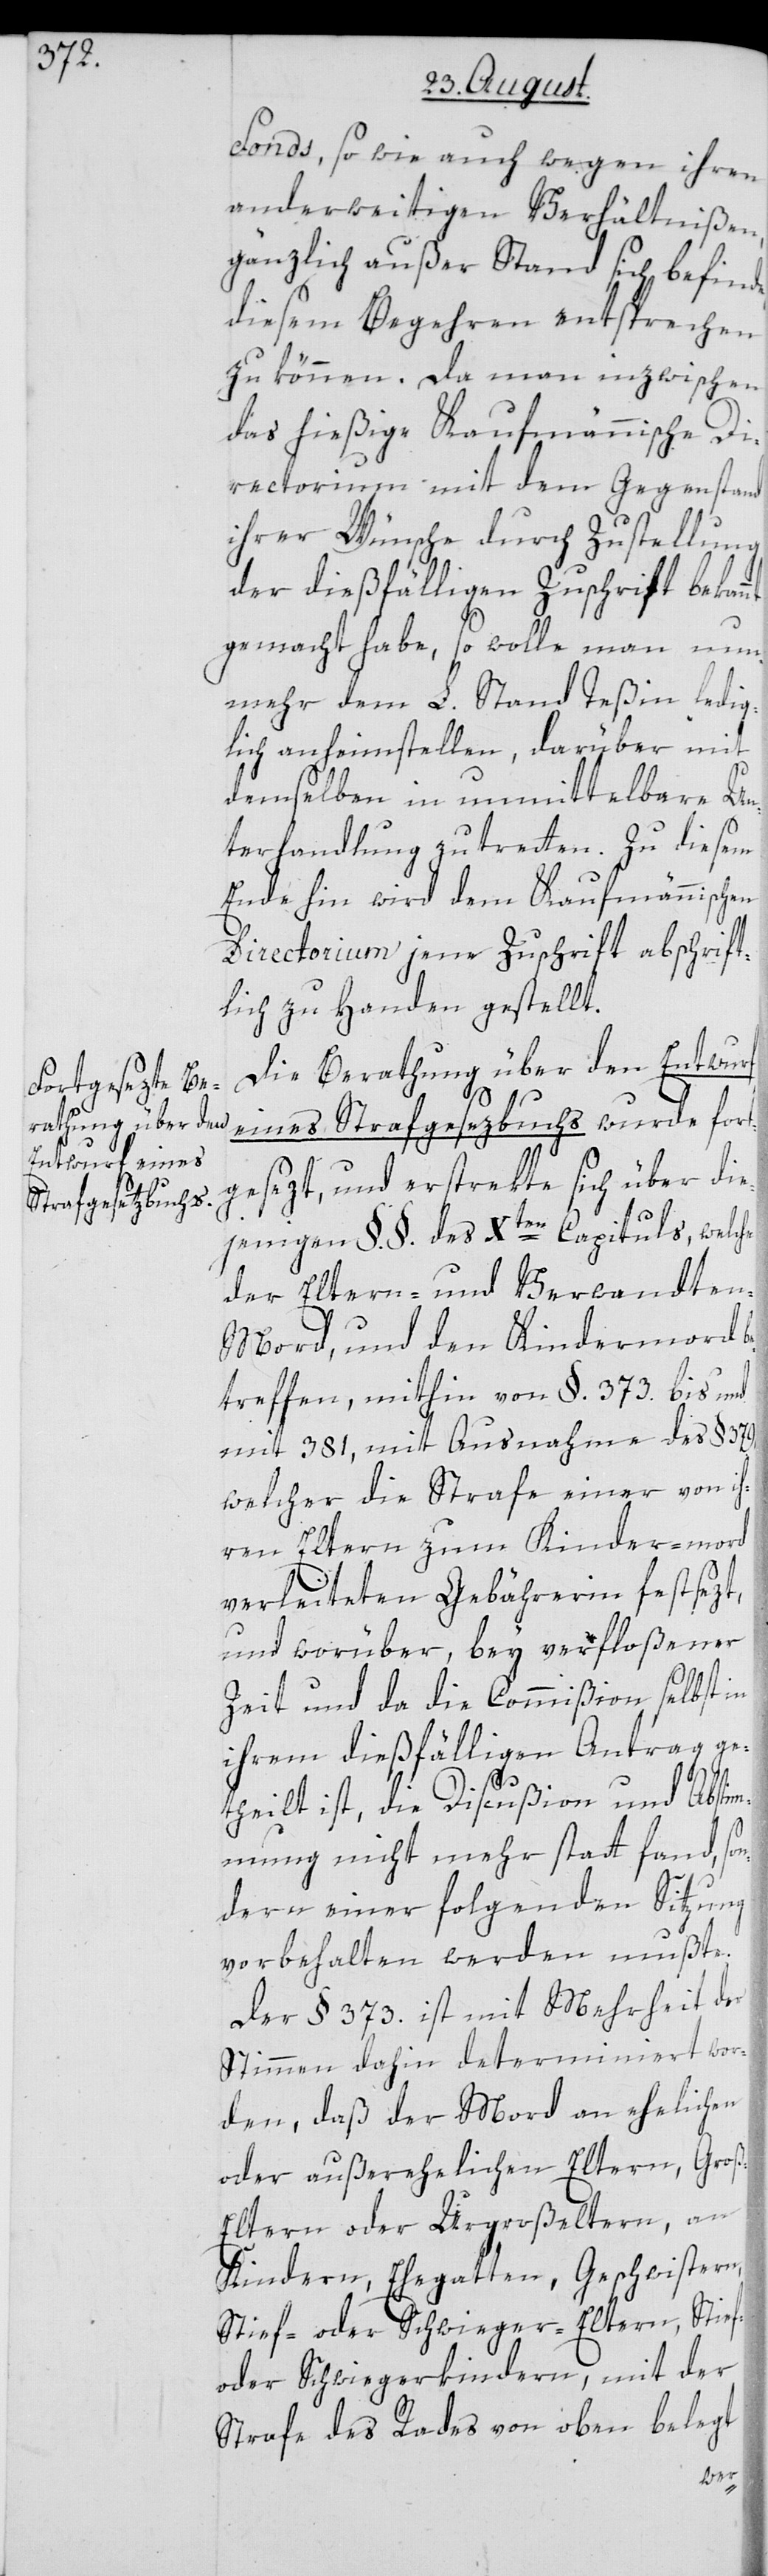
Fonds, sowie auch wegen ihren
anderweitigen Verhältnißen,
gänzlich außer Stand sich befinde,
diesem Begehren entsprechen
zu können. Da man inzwischen
das hießige Kaufmännische Di¬
rectorium mit dem Gegenstand
ihrer Wünsche durch Zustellung
der dießfälligen Zuschrift bekan¬
gemacht habe, so wolle man nun¬
mehr dem L. Stand Teßin ledig¬
lich anheim stellen, darüber mit
demselben in unmittelbare Un¬
terhandlung zu tretten. Zu diesem
Ende hin wird dem Kaufmännischen
Directorium jene Zuschrift abschrift¬
lich zu Handen gestellt.
Die Berathung über den Entwurf
eines Strafgesezbuchs wurde fort¬
gesezt, und erstrekte sich über die¬
jenigen §.§. des Xten Capituls, welche
der Eltern- und Verwandten-M¬
ord, und den Kindermord b¬
etreffen, mithin von § 373. bis und
mit 381, mit Ausnahme des § 379,
welcher die Strafe einer von ih¬
ren Eltern zum Kinder-mord
verleiteten Gebährerin festsezt,
und worüber, bey verfloßener
Zeit und da die Commißion selbst in
ihrem dießfälligen Antrag ge¬
theilt ist, die Discußion und Absti¬
mmung nicht mehr statt fand, so¬
ndern einer folgenden Sitzung
vorbehalten werden mußte.
Der § 373. ist mit Mehrheit der
Stimmen dahin determiniert wor¬
den, daß der Mord an ehelichen
oder außerehelichen Eltern, Gro¬
ß-Eltern oder Urgroßeltern, an
Kindern, Ehegatten, Geschwistern,
Stief- oder Schwieger-Eltern, Stief-
oder Schwigerkindern, mit der
Strafe des Rades von oben belegt
nt